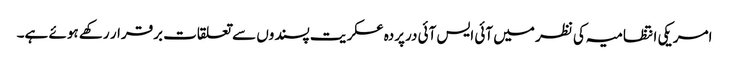
امریکی انتظامیہ کی نظر میں آئی ایس آئی درپردہ عسکریت پسندوں سے تعلقات برقرار رکھے ہوئے ہے۔